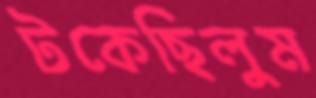
টকেছিলুম